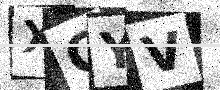
Text: XCYV